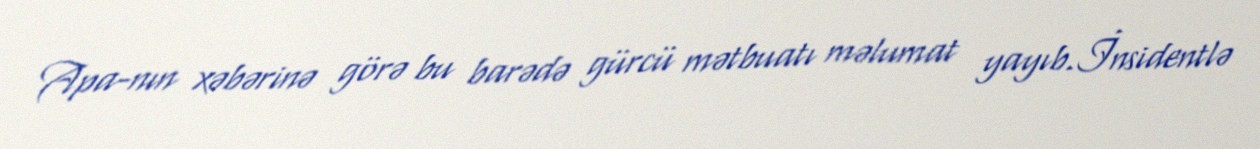
Apa-nın xəbərinə görə bu barədə gürcü mətbuatı məlumat yayıb.İnsidentlə